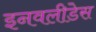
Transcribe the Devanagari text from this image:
इनवलीडेस